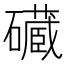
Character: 𮁔